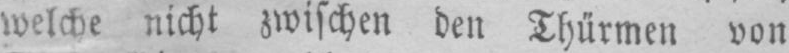
welche nicht zwischen den Thürmen von